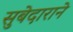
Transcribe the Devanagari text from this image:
सुबेदाराने